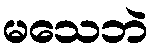
မသေဘဲ